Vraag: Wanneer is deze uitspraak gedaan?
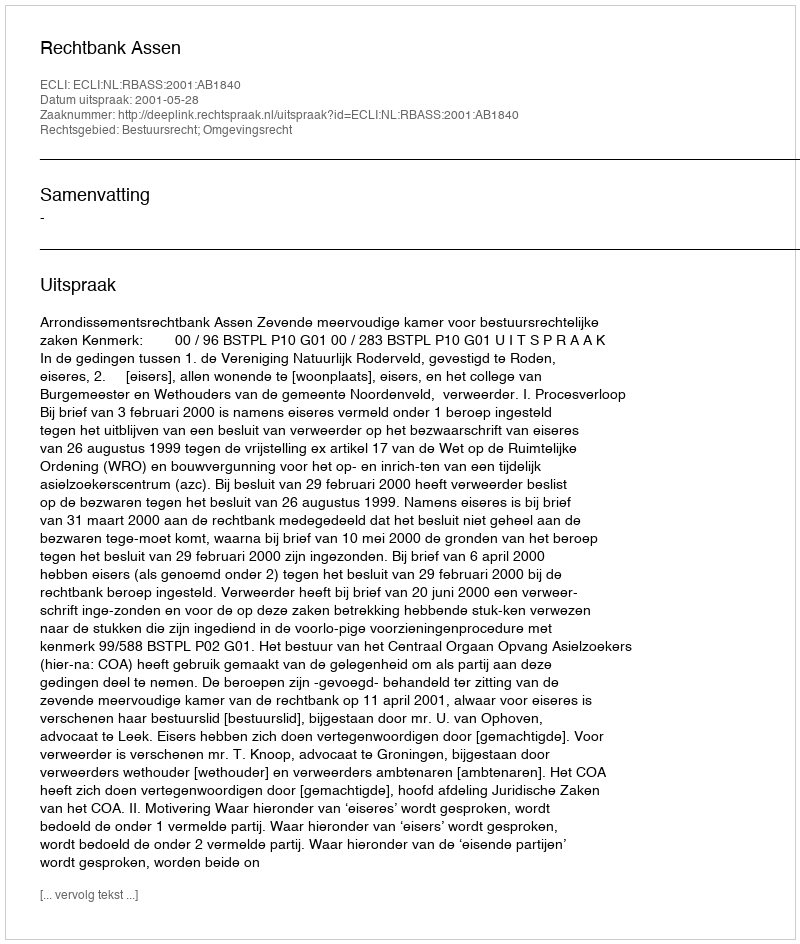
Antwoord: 2001-05-28